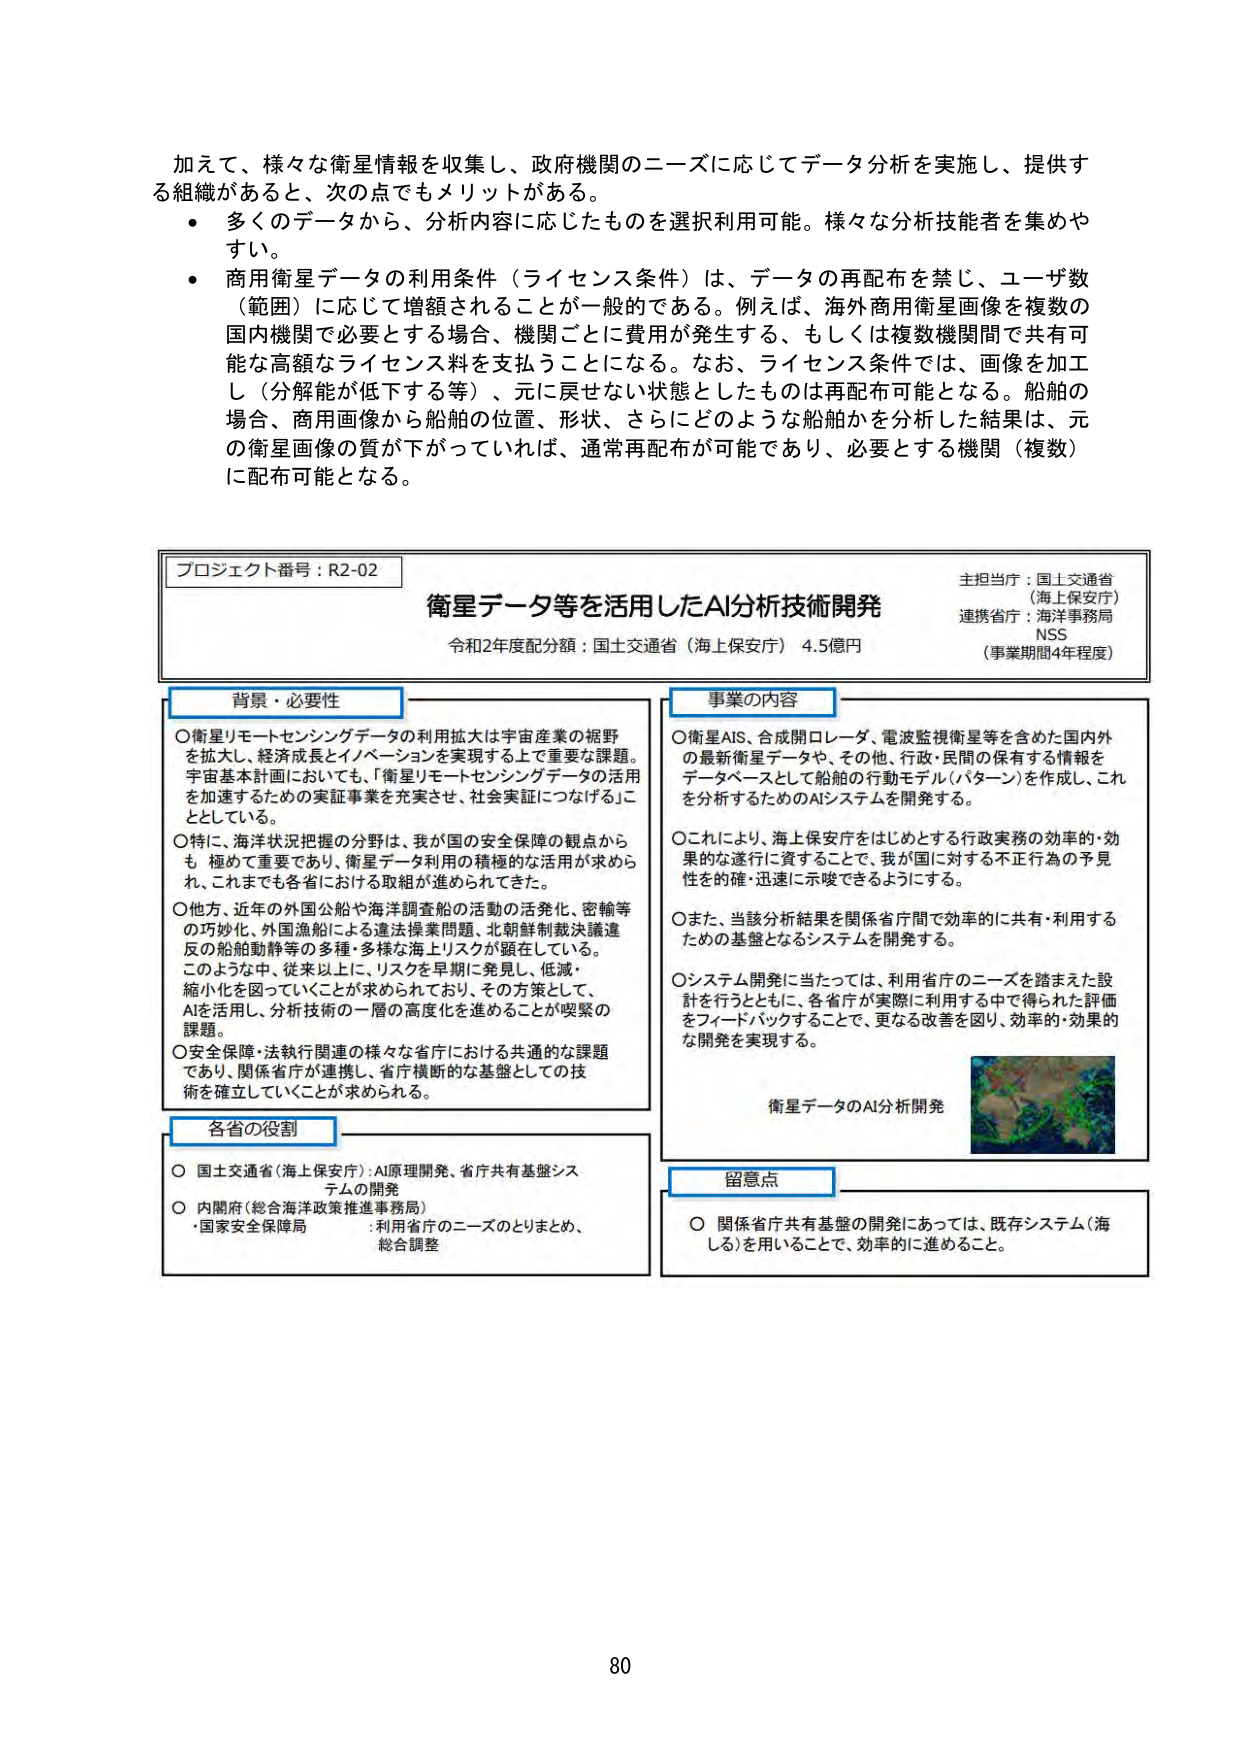
加えて、様々な衛星情報を収集し、政府機関のニーズに応じてデータ分析を実施し、提供する組織があると、次の点でもメリットがある。
・多くのデータから、分析内容に応じたものを選択利用可能。様々な分析技能者を集めやすい。
・商用衛星データの利用条件（ライセンス条件）は、データの再配布を禁じ、ユーザ数（範囲）に応じて増額されることが一般的である。例えば、海外商用衛星画像を複数の国内機関で必要とする場合、機関ごとに費用が発生する、もしくは複数機関間で共有可能な高額なライセンス料を支払うことになる。なお、ライセンス条件では、画像を加工し（分解能が低下する等）、元に戻せない状態としたものは再配布可能となる。船舶の場合、商用画像から船舶の位置、形状、さらにどのような船舶かを分析した結果は、元の衛星画像の質が下がっていれば、通常再配布が可能であり、必要とする機関（複数）に配布可能となる。

プロジェクト番号：R2-02
主担当省：国土交通省
（海上保安庁）
連携省庁：海洋事務局
NSS
（事業期間4年程度）

衛星データ等を活用したAI分析技術開発
令和2年度配分額：国土交通省（海上保安庁） 4.5億円

背景・必要性
○衛星リモートセンシングデータの利用拡大は宇宙産業の裾野を拡大し、経済成長とイノベーションを実現する上で重要な課題。宇宙基本計画においても、「衛星リモートセンシングデータの活用を加速するための実証事業を充実させ、社会実証につなげる」こととしている。
○特に、海洋状況把握の分野は、我が国の安全保障の観点からも極めて重要であり、衛星データ利用の積極的な活用が求められ、これまでも各省における取組が進められてきた。
○他方、近年の外国公船や海洋調査船の活動の活発化、密輸等の巧妙化、外国漁船による違法操業問題、北朝鮮制裁決議違反の船舶動静等の多種・多様な海上リスクが顕在している。このような中、従来以上に、リスクを早期に発見し、低減・縮小化を図っていくことが求められており、その方策として、AIを活用し、分析技術の一層の高度化を進めることが喫緊の課題。
○安全保障・法執行関連の様々な省庁における共通的な課題であり、関係省庁が連携し、省庁横断的な基盤としての技術を確立していくことが求められる。

事業の内容
○衛星AIS、合成開口レーダ、電波監視衛星等を含めた国内外の最新衛星データや、その他、行政・民間の保有する情報をデータベースとして船舶の行動モデル（パターン）を作成し、これを分析するためのAIシステムを開発する。
○これにより、海上保安庁をはじめとする行政実務の効率的・効果的な遂行に資することで、我が国に対する不正行為の予見性を的確・迅速に示唆できるようにする。
○また、当該分析結果を関係省庁間で効率的に共有・利用するための基盤となるシステムを開発する。
○システム開発に当たっては、利用省庁のニーズを踏まえた設計を行うとともに、各省庁が実際に利用する中で得られた評価をフィードバックすることで、更なる改善を図り、効率的・効果的な開発を実現する。

衛星データのAI分析開発

各省の役割
○ 国土交通省（海上保安庁）：AI原理開発、省庁共有基盤システムの開発
○ 内閣府（総合海洋政策推進事務局）
・国家安全保障局 ：利用省庁のニーズのとりまとめ、総合調整

留意点
○ 関係省庁共有基盤の開発にあっては、既存システム（海しる）を用いることで、効率的に進めること。

80